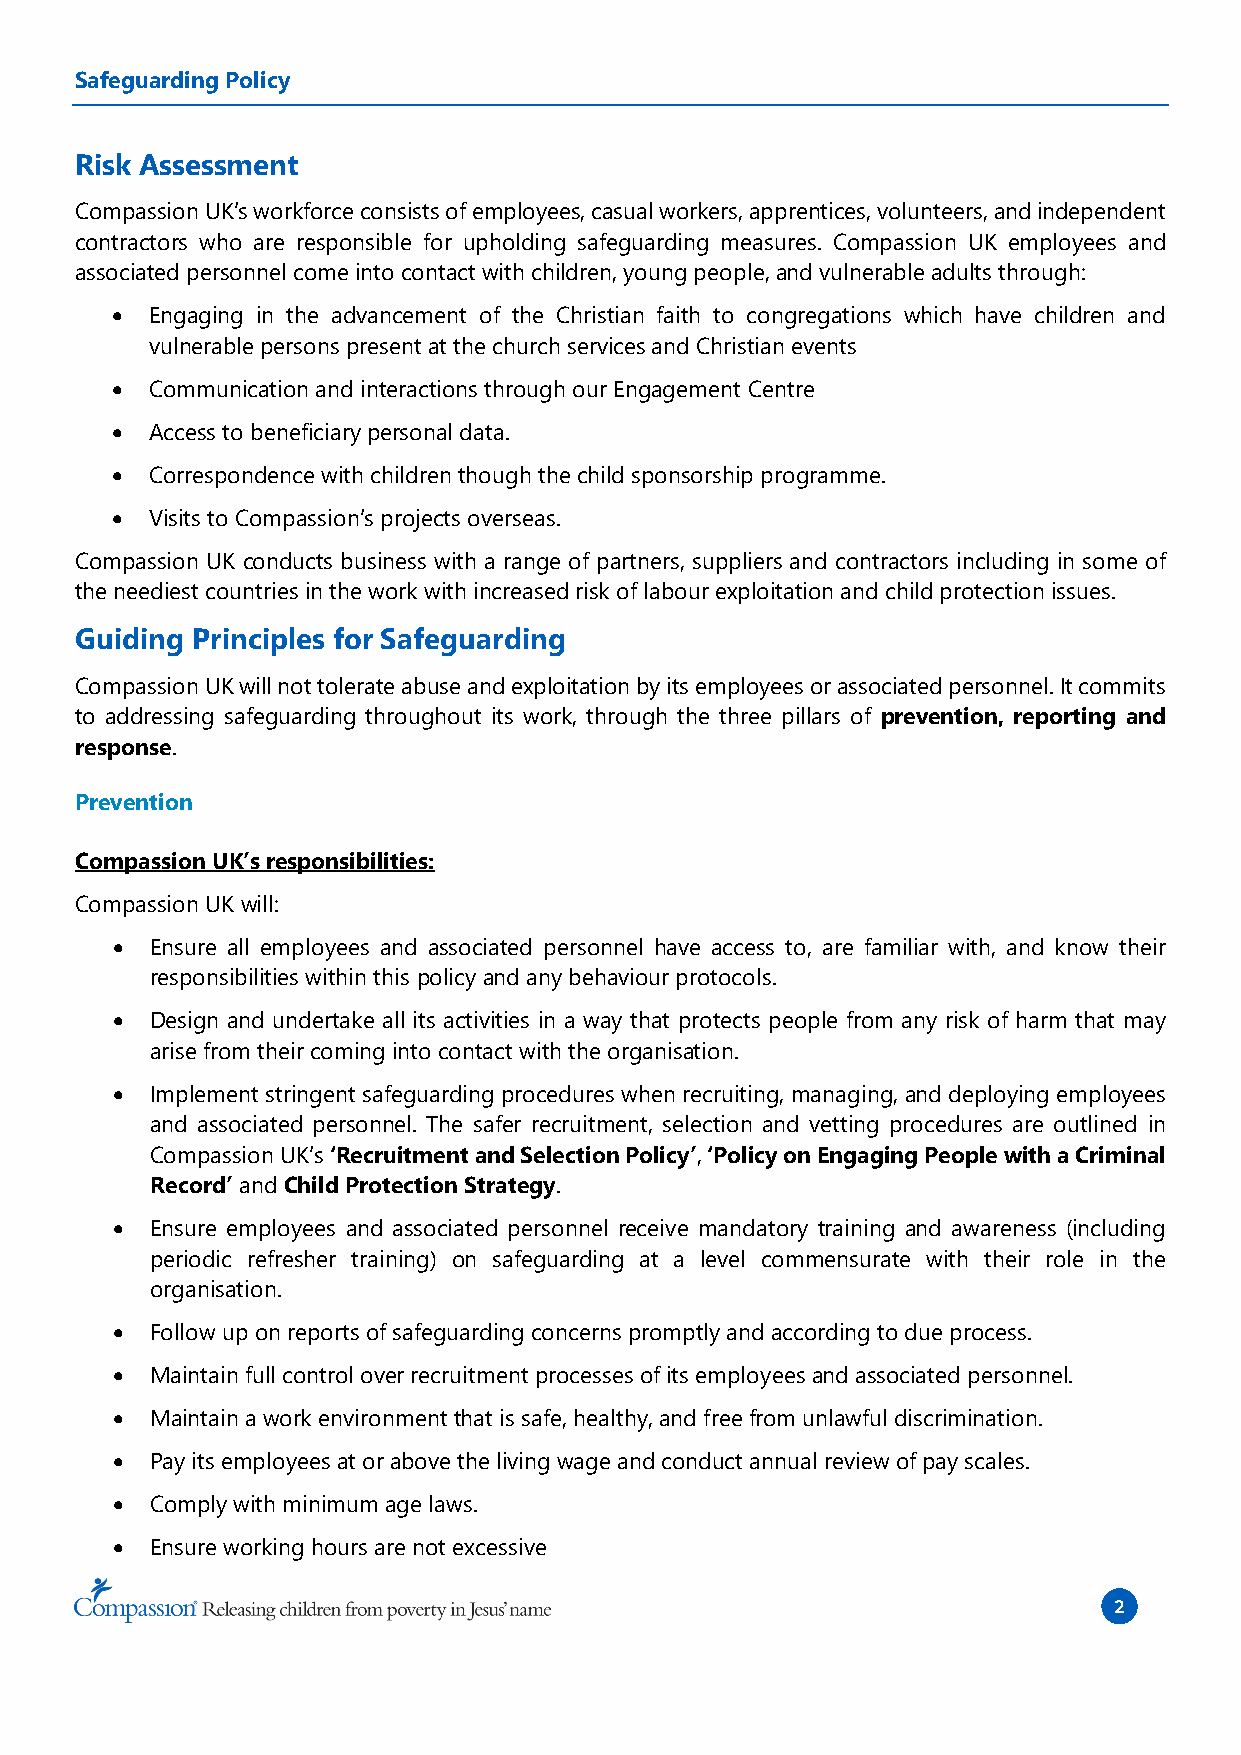
Safeguarding Policy
 Risk Assessment
 Compassion UK’s workforce consists of employees, casual workers, apprentices, volunteers, and independent
 contractors who are responsible for upholding safeguarding measures. Compassion UK employees and
 associated personnel come into contact with children, young people, and vulnerable adults through:
 •  Engaging in the advancement of the Christian faith to congregations which have children and
 vulnerable persons present at the church services and Christian events
 •  Communication and interactions through our Engagement Centre
 •  Access to beneficiary personal data.
 •  Correspondence with children though the child sponsorship programme.
 •  Visits to Compassion’s projects overseas.
 Compassion UK conducts business with a range of partners, suppliers and contractors including in some of
 the neediest countries in the work with increased risk of labour exploitation and child protection issues.
 Guiding Principles for Safeguarding
 Compassion UK will not tolerate abuse and exploitation by its employees or associated personnel. It commits
 to addressing safeguarding throughout its work, through the three pillars of prevention, reporting and
 response.
 Prevention
 Compassion UK’s responsibilities:
 Compassion UK will:
 •  Ensure all employees and associated personnel have access to, are familiar with, and know their
 responsibilities within this policy and any behaviour protocols.
 •  Design and undertake all its activities in a way that protects people from any risk of harm that may
 arise from their coming into contact with the organisation.
 •  Implement stringent safeguarding procedures when recruiting, managing, and deploying employees
 and associated personnel. The safer recruitment, selection and vetting procedures are outlined in
 Compassion UK’s ‘Recruitment and Selection Policy’, ‘Policy on Engaging People with a Criminal
 Record’ and Child Protection Strategy.
 •  Ensure employees and associated personnel receive mandatory training and awareness (including
 periodic refresher training) on safeguarding at a level commensurate with their role in the
 organisation.
 •  Follow up on reports of safeguarding concerns promptly and according to due process.
 •  Maintain full control over recruitment processes of its employees and associated personnel.
 •  Maintain a work environment that is safe, healthy, and free from unlawful discrimination.
 •  Pay its employees at or above the living wage and conduct annual review of pay scales.
 •  Comply with minimum age laws.
 •  Ensure working hours are not excessive
 2